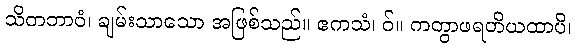
သိတဘာဝံ၊ ချမ်းသာသော အဖြစ်သည်။ ဧကသံ၊ ဝ်။ ကတွာဖရတိယထာပိ၊